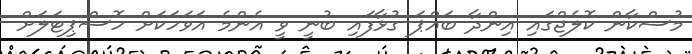
މުސްކާން ކޮލެޖްގައި އިންދާ ބައްޕަ ގުޅާފައި ބުނީ ވީ އެންމެ އަވަހަކަށް ހޮސްޕިޓަލަށް